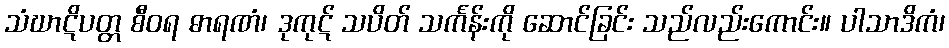
သံဃာဋိပတ္တ စီဝရ ဓာရဏံ၊ ဒုကုဋ် သပိတ် သင်္ကန်းကို ဆောင်ခြင်း သည်လည်းကောင်း။ ပါသာဒိကံ၊